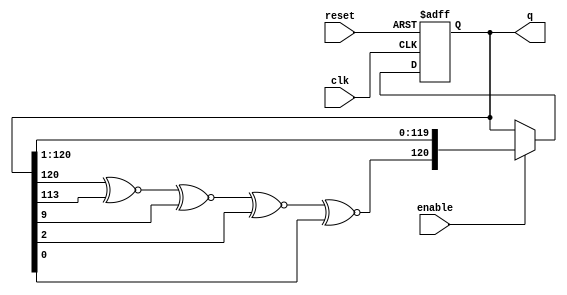
// Modified by : Riccardo Cantoro (last change: 18-Nov-2020)


module lfsr
#(
    parameter N = 120,
    parameter SEED = 1
)

(
    input wire clk, reset, enable,
    output wire [N:0] q
);

reg [N:0] r_reg;
wire [N:0] r_next;
wire feedback_value;
                        
always @(posedge clk, posedge reset)
begin 
	if (reset)
			r_reg <= SEED;
	else if (enable)
		    r_reg <= r_next;
end

generate
case (N)
3:
	//// Feedback polynomial : x^3 + x^2 + 1
	////total sequences (maximum) : 2^3 - 1 = 7
	assign feedback_value = r_reg[3] ~^ r_reg[2] ~^ r_reg[0];

4:	assign feedback_value = r_reg[4] ~^ r_reg[3] ~^ r_reg[0];

5:  //maximum length = 28 (not 31)
	assign feedback_value = r_reg[5] ~^ r_reg[3] ~^ r_reg[0];

9:	assign feedback_value = r_reg[9] ~^ r_reg[5] ~^ r_reg[0];

10: assign feedback_value = r_reg[10] ~^ r_reg[7] ~^ r_reg[0];

16: assign feedback_value = r_reg[16] ~^ r_reg[15] ~^ r_reg[13] ~^ r_reg[4] ~^ r_reg[0];

50: assign feedback_value = r_reg[50] ~^ r_reg[49] ~^ r_reg[24] ~^ r_reg[23] ~^ r_reg[0];

100: assign feedback_value = r_reg[100] ~^ r_reg[63] ~^ r_reg[0];

114: assign feedback_value= r_reg[114] ~^ r_reg[113] ~^ r_reg[33] ~^ r_reg[32] ~^ r_reg[0];

120: assign feedback_value = r_reg[120] ~^ r_reg[113] ~^ r_reg[9] ~^ r_reg[2] ~^ r_reg[0];

150: assign feedback_value = r_reg[150] ~^ r_reg[97] ~^ r_reg[0];

300: assign feedback_value = r_reg[7] ~^ r_reg[0];

default: 
	begin
		 initial
			$display("Missing N=%d in the LFSR code, please implement it!", N);
		//illegal missing_case("please implement");
	end
endcase
endgenerate


assign r_next = {feedback_value, r_reg[N:1]};
assign q = r_reg;
endmodule